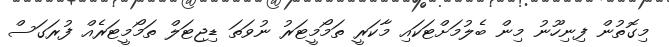
މިގޮތުން ފިނިހޫނު މިން ބެލުމަށްޓަކައި މާކަރީ ތަމޯމީޓަރު ނުވަތަ ޑިޖިޓަލް ތަމޯމީޓަރެއް ފުރަގަސް